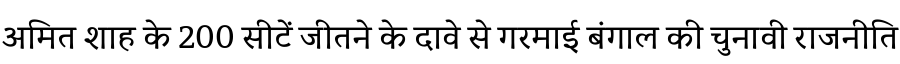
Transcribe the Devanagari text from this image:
अमित शाह के 200 सीटें जीतने के दावे से गरमाई बंगाल की चुनावी राजनीति